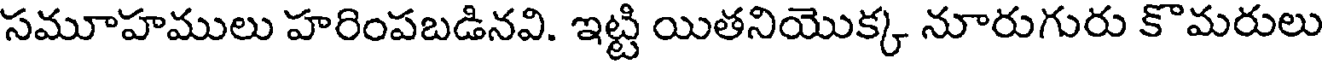
సమూహములు హరింపబడినవి. ఇట్టి యితనియొక్క నూరుగురు కొమరులు